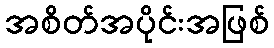
အစိတ်အပိုင်းအဖြစ်